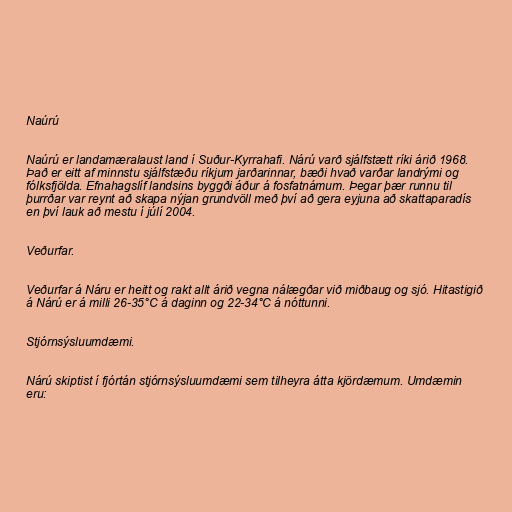
Naúrú

Naúrú er landamæralaust land í Suður-Kyrrahafi. Nárú varð sjálfstætt ríki árið 1968.
Það er eitt af minnstu sjálfstæðu ríkjum jarðarinnar, bæði hvað varðar landrými og
fólksfjölda. Efnahagslíf landsins byggði áður á fosfatnámum. Þegar þær runnu til
þurrðar var reynt að skapa nýjan grundvöll með því að gera eyjuna að skattaparadís
en því lauk að mestu í júlí 2004.

Veðurfar.

Veðurfar á Náru er heitt og rakt allt árið vegna nálægðar við miðbaug og sjó. Hitastigið
á Nárú er á milli 26-35°C á daginn og 22-34°C á nóttunni.

Stjórnsýsluumdæmi.

Nárú skiptist í fjórtán stjórnsýsluumdæmi sem tilheyra átta kjördæmum. Umdæmin
eru: